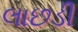
લાછડી